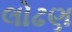
લોઢણ